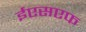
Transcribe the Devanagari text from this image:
ईएसएफ